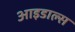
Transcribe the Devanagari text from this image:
आइडाल्स